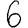
Digit: 6